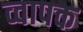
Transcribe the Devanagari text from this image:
व्वापक